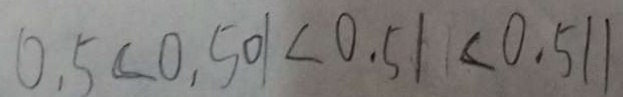
0 . 5 < 0 . 5 0 1 < 0 . 5 1 < 0 . 5 1 1